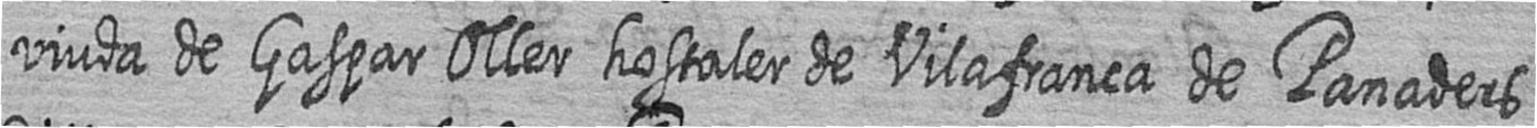
viuda de Gaspar Oller hostaler de Vilafranca de Panaders